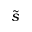
\tilde { s }